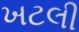
ખટલી